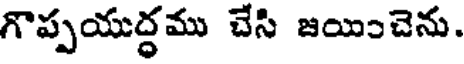
గొప్పయుద్ధము చేసి జయించెను.